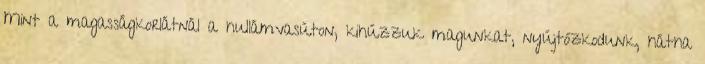
Mint a magasságkorlátnál a hullámvasúton, kihúzzuk magunkat, nyújtózkodunk, hátha